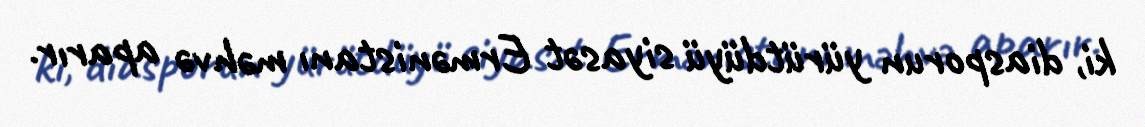
ki, diasporun yürütdüyü siyasət Ermənistanı məhvə aparır.